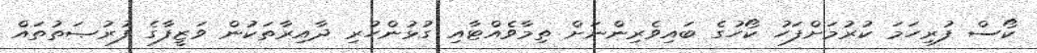
ކޯސް ފުރިހަމަ ކުރުމަށްފަހު ކޯހުގެ ބައިވެރިންނަށް ތިމާވެއްޓާއި ގުޅުންހުރި ދާއިރާތަކުން ވަޒީފާގެ ފުރުޞަތުތައް